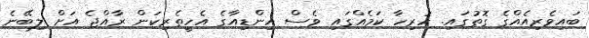
ބައިވެރިއެއްގެ ގޮތުގައި. ހުރިހާ ކަމެއްގައި ވެސް އިންޑިއާގެ އެހީތެރިކަން ރާއްޖެ އަށް ލިބޭނެ